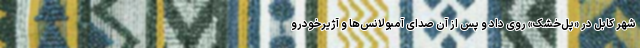
شهر کابل در «پل‌خشک» روی داد و پس از آن صدای آمبولانس‌ها و آژیرخودرو